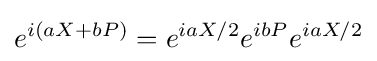
e^{i(aX+bP)}=e^{iaX/2}e^{ibP}e^{iaX/2}